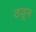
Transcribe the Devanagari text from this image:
ठवून